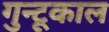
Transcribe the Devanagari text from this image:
गुन्टूकाल